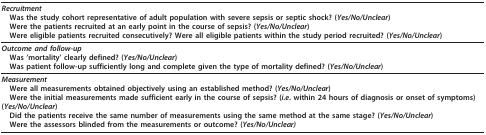
<table><thead><tr><td><b><i>Recruitment</i>Was the study cohort representative of adult population with severe sepsis or septic shock? (<i>Yes/No/Unclear</i>)Were the patients recruited at an early point in the course of sepsis? (<i>Yes/No/Unclear</i>)Were eligible patients recruited consecutively? Were all eligible patients within the study period recruited? (<i>Yes/No/Unclear</i>)</b></td></tr></thead><tbody><tr><td><b><i>Outcome and follow-up</i></b>Was 'mortality' clearly defined? (<i>Yes/No/Unclear</i>)Was patient follow-up sufficiently long and complete given the type of mortality defined? (<i>Yes/No/Unclear</i>)</td></tr><tr><td><b><i>Measurement</i></b>Were all measurements obtained objectively using an established method? (<i>Yes/No/Unclear</i>)Were the initial measurements made sufficient early in the course of sepsis? (<i>i.e</i>. within 24 hours of diagnosis or onset of symptoms) (<i>Yes/No/Unclear</i>)Did the patients receive the same number of measurements using the same method at the same stage? (<i>Yes/No/Unclear</i>)Were the assessors blinded from the measurements or outcome? (<i>Yes/No/Unclear)</i></td></tr></tbody></table>